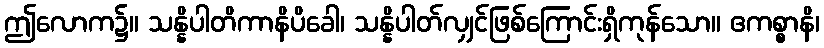
ဤလောက၌။ သန္နိပါတိကာနိပိခေါ၊ သန္နိပါတ်လျှင်ဖြစ်ကြောင်းရှိကုန်သော။ ဧကစ္စာနိ၊